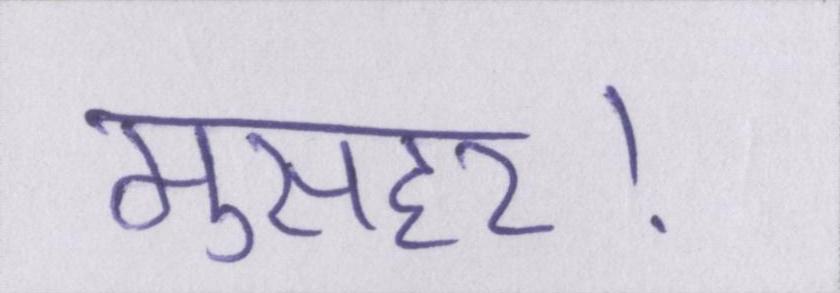
मुसहर।